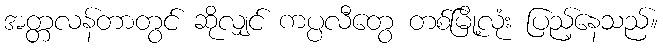
အတ္တလန်တာတွင် ဆိုလျှင် ကပ္ပလီတွေ တစ်မြို့လုံး ပြည့်နေသည်။